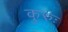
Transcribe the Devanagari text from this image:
कुरुः